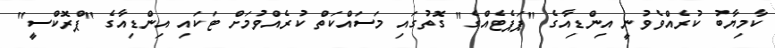
ކާމިޔާބު ކުރެއްވެވުނީ އިންޑިއާގެ "ޕަޕެޓެއްގެ" ގޮތުގައި މަސައްކަތް ކުރެއްވުމަށް ޓަކައި އިންޑިއާގެ "ޕްރޮކްސީ"